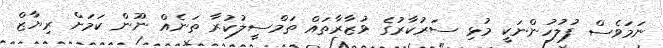
ނަމަވެސް ފުލުހުންނަކީ މުޅި ސަރުކާރުގެ ވުޒާރާތައް ތަމްސީލުކުރާ ތަނެއް ނޫން ކަމަށް ރިޔާޒް